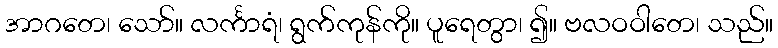
အာဂတေ၊ သော်။ လင်္ကာရံ၊ ရွက်ကုန်ကို။ ပူရေတွာ၊ ၍။ ဗလဝဝါတေ၊ သည်။